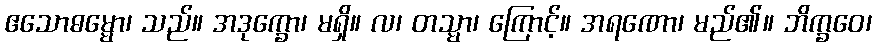
ဧသောဓမ္မော၊ သည်။ အဒုက္ခော၊ မရှိ။ လ၊ တသ္မာ၊ ကြောင့်။ အရဏော၊ မည်၏။ ဘိက္ခဝေ၊